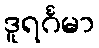
ဒူရင်္ဂမာ